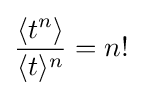
{\frac {\langle t^{n}\rangle }{\langle t\rangle ^{n}}}=n!